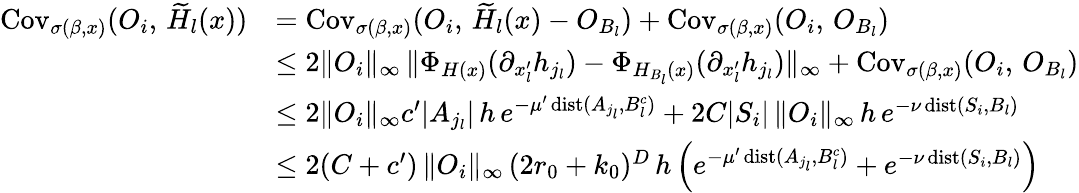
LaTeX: \begin{array}{rl}{\operatorname{Cov}_{\sigma(\beta,x)}(O_{i},\, \widetilde{H}_{l}(x))}&{=\operatorname{Cov}_{\sigma(\beta,x)}(O_{i},\, \widetilde{H}_{l}(x)-O_{B_{l}})+\operatorname{Cov}_{\sigma(\beta,x)}(O_{i},\, O_{B_{l}})}\\ &{\le 2\| O_{i}\| _{\infty}\, \| \Phi_{H(x)}(\partial_{x_{l}^{\prime}}h_{j_{l}})-\Phi_{H_{B_{l}}(x)}(\partial_{x_{l}^{\prime}}h_{j_{l}})\| _{\infty}+\operatorname{Cov}_{\sigma(\beta,x)}(O_{i},\, O_{B_{l}})}\\ &{\le 2\| O_{i}\| _{\infty}c^{\prime}|A_{j_{l}}|\, h\, e^{-\mu^{\prime}\operatorname{dist}(A_{j_{l}},B_{l}^{c})}+2C|S_{i}|\, \| O_{i}\| _{\infty}\, h\, e^{-\nu\operatorname{dist}(S_{i},B_{l})}}\\ &{\le 2(C+c^{\prime})\, \| O_{i}\| _{\infty}\, (2r_{0}+k_{0})^{D}\, h\, \Big(e^{-\mu^{\prime}\operatorname{dist}(A_{j_{l}},B_{l}^{c})}+e^{-\nu\operatorname{dist}(S_{i},B_{l})}\Big)}\end{array}